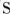
S